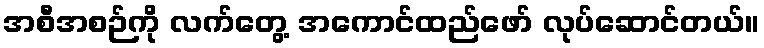
အစီအစဉ်ကို လက်တွေ့ အကောင်ထည်ဖော် လုပ်ဆောင်တယ်။